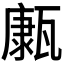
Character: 𤮊